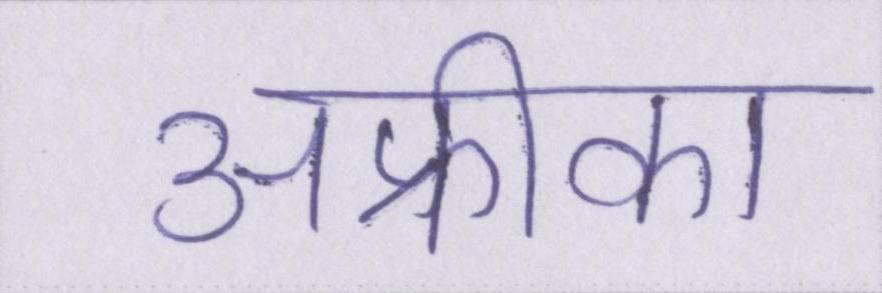
अफ्रीका